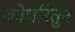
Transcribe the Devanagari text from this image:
कोपरितुन